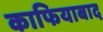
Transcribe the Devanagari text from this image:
काफियाबाद